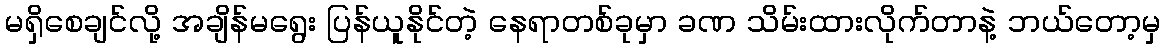
မရှိစေချင်လို့ အချိန်မရွေး ပြန်ယူနိုင်တဲ့ နေရာတစ်ခုမှာ ခဏ သိမ်းထားလိုက်တာနဲ့ ဘယ်တော့မှ